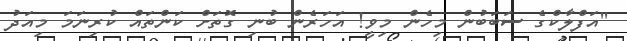
''އަފްލާކްގެ ސަބަބުން މިހެން މިވީ! އަހަރެން ބުނި ގޮތަށް ކަންތައް ކުރިނަމަ މިއަދު